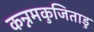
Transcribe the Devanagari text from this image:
कन्नमकुजिताडु